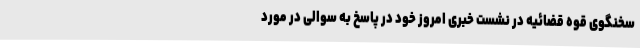
سخنگوی قوه قضائیه در نشست خبری امروز خود در پاسخ به سوالی در مورد